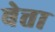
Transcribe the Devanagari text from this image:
बेत्ता